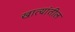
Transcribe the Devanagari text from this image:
खात्यांतील